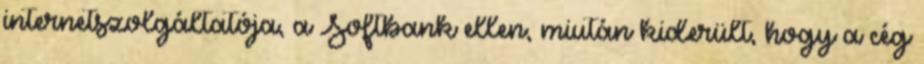
internetszolgáltatója, a Softbank ellen, miután kiderült, hogy a cég